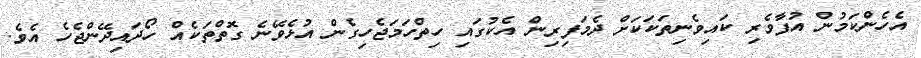
އެހެންކަމުން އުފާވެރި ކައިވެނިތަކަކަށް ދެމަފިރިން އެކުގައި ހިތްހަމަޖެހިގެން އުޅެވޭނެ ގޮތްތަކެއް ހޯދައިދޭންޖެހެ އެވެ.